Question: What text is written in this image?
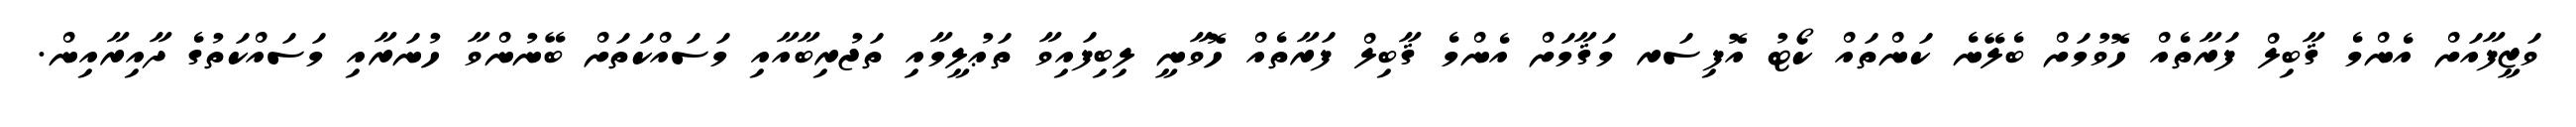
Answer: ވަޒީފާއަށް އެންމެ ޤާބިލް ފަރާތެއް ހޮވުމަށް ބެލޭނެ ކަންތައް ކޯޓު އޮފިސަރ މަޤާމަށް އެންމެ ޤާބިލް ފަރާތެއް ހޮވާނީ ލިބިފައިވާ ތަޢުލީމާއި ތަޖުރިބާއާއި މަސައްކަތަށް ބޭނުންވާ ހުނަރާއި މަސައްކަތުގެ ދާއިރާއިން.